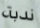
ندبة